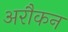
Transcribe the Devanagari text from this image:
अरौकन